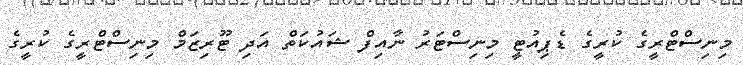
މިނިސްޓްރީގެ ކުރީގެ ޑެޕިއުޓީ މިނިސްޓަރު ނާއިފް ޝައުކަތް އަދި ޓޫރިޒަމް މިނިސްޓްރީގެ ކުރީގެ